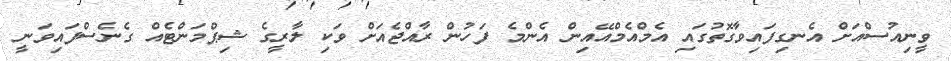
ވީނިއުސްއަށް އެނގިފައިވާގޮތުގައި އެމްއެމްއޭއިން އެންމެ ފަހުން ރާއްޖެއަށް ވަކި ލާރީގެ ޝިޕްމަންޓެއް ގެނެސްފައިވަނީ